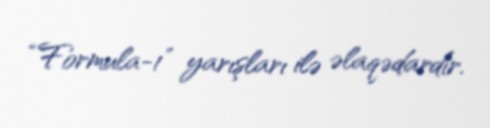
“Formula-1” yarışları ilə əlaqədardır.